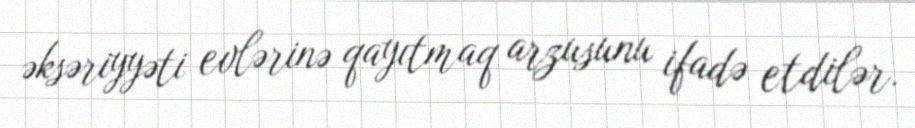
əksəriyyəti evlərinə qayıtmaq arzusunu ifadə etdilər.